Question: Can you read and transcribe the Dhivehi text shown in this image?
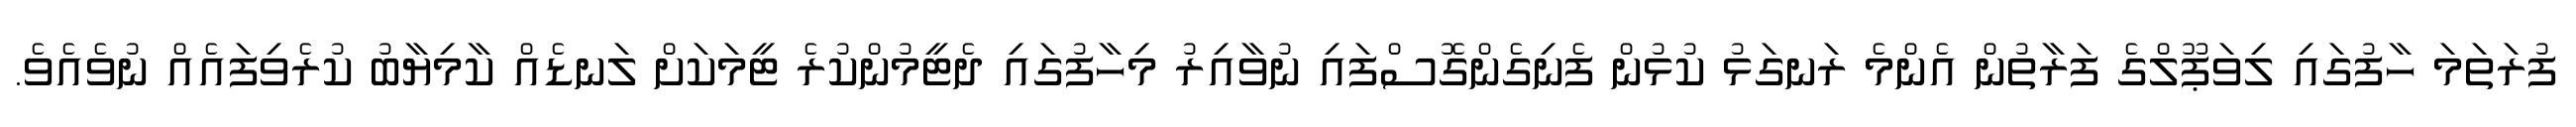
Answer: ފުރަތަމަ ހާފުގައި ލިވަޕޫލްގެ ފަރާތުން އެންމެ ރަނގަޅު ކުޅުން ފެނިގެންގޮސްފައި ނުވާއިރު މިހާފުގައި ދެޓީމުންކުރެ ޓީމަކަށް ލަނޑެއް ކާމިޔާބު ކުރެވިފައެއް ނުވެއެވެ.